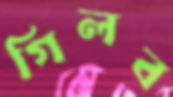
গিলব